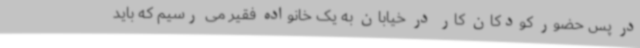
در پس حضور کودکان کار در خیابان به یک خانواده فقیر می رسیم که باید